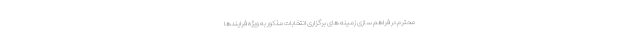
محترم در فراهم سازی زمینه های برگزاری انتخابات مذکور به ویژه فرایندها